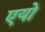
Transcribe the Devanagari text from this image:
एयो